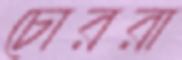
চোররা